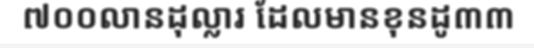
៧០០លានដុល្លារ ដែលមានខុនដូ៣៣